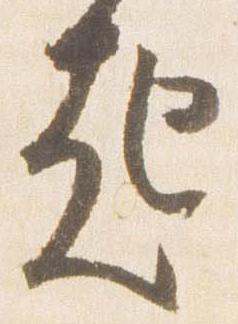
起